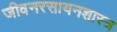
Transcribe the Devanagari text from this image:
जीवनरसायनशास्त्र